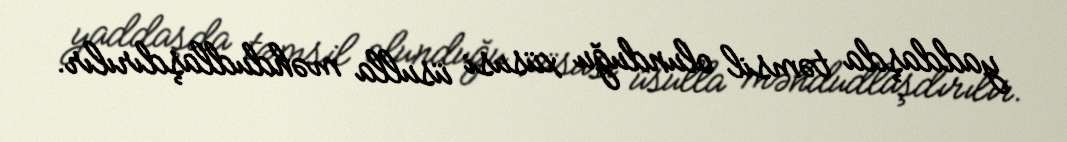
yaddaşda təmsil olunduğu xüsusi üsulla məhdudlaşdırılır.